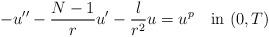
LaTeX: \begin{align*}-u''-\frac{N-1}ru'-\frac {\l}{r^2}u=u^p\quad\hbox{in }(0,T)\end{align*}